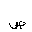
Letter: _sad